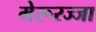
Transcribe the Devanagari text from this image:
मेरूरज्जा